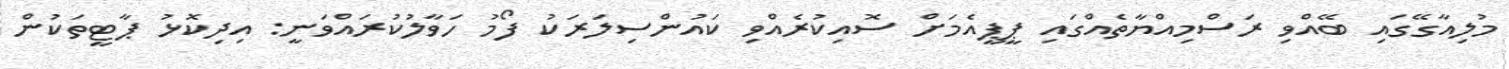
މުލިއާގޭގައި ބޭއްވި ރަސްމިއްޔާތެއްގައި ޕީޕީއެމަށް ސޮއިކުރެއްވި ކައުންސިލަރަކު ފޯމު ހަވާލުކުރައްވަނީ: އިދިކޮޅު ޕާޓީތަކުން